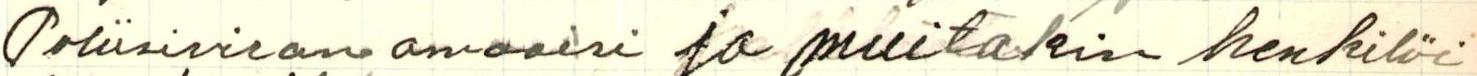
Poliisiviran omaaisi ja muitakin henkilöi